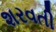
શરવતી